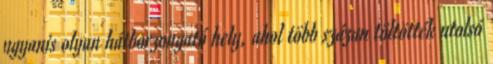
ugyanis olyan hátborzongató hely, ahol több százan töltötték utolsó